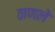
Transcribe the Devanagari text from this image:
ठाणले